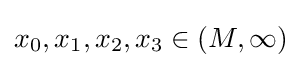
x_{0},x_{1},x_{2},x_{3}\in (M,\infty )